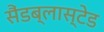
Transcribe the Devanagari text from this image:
सैंडब्लास्टेड